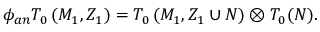
\phi _ { a n } T _ { 0 } \left( M _ { 1 } , Z _ { 1 } \right) = T _ { 0 } \left( M _ { 1 } , Z _ { 1 } \cup N \right) \otimes T _ { 0 } ( N ) .